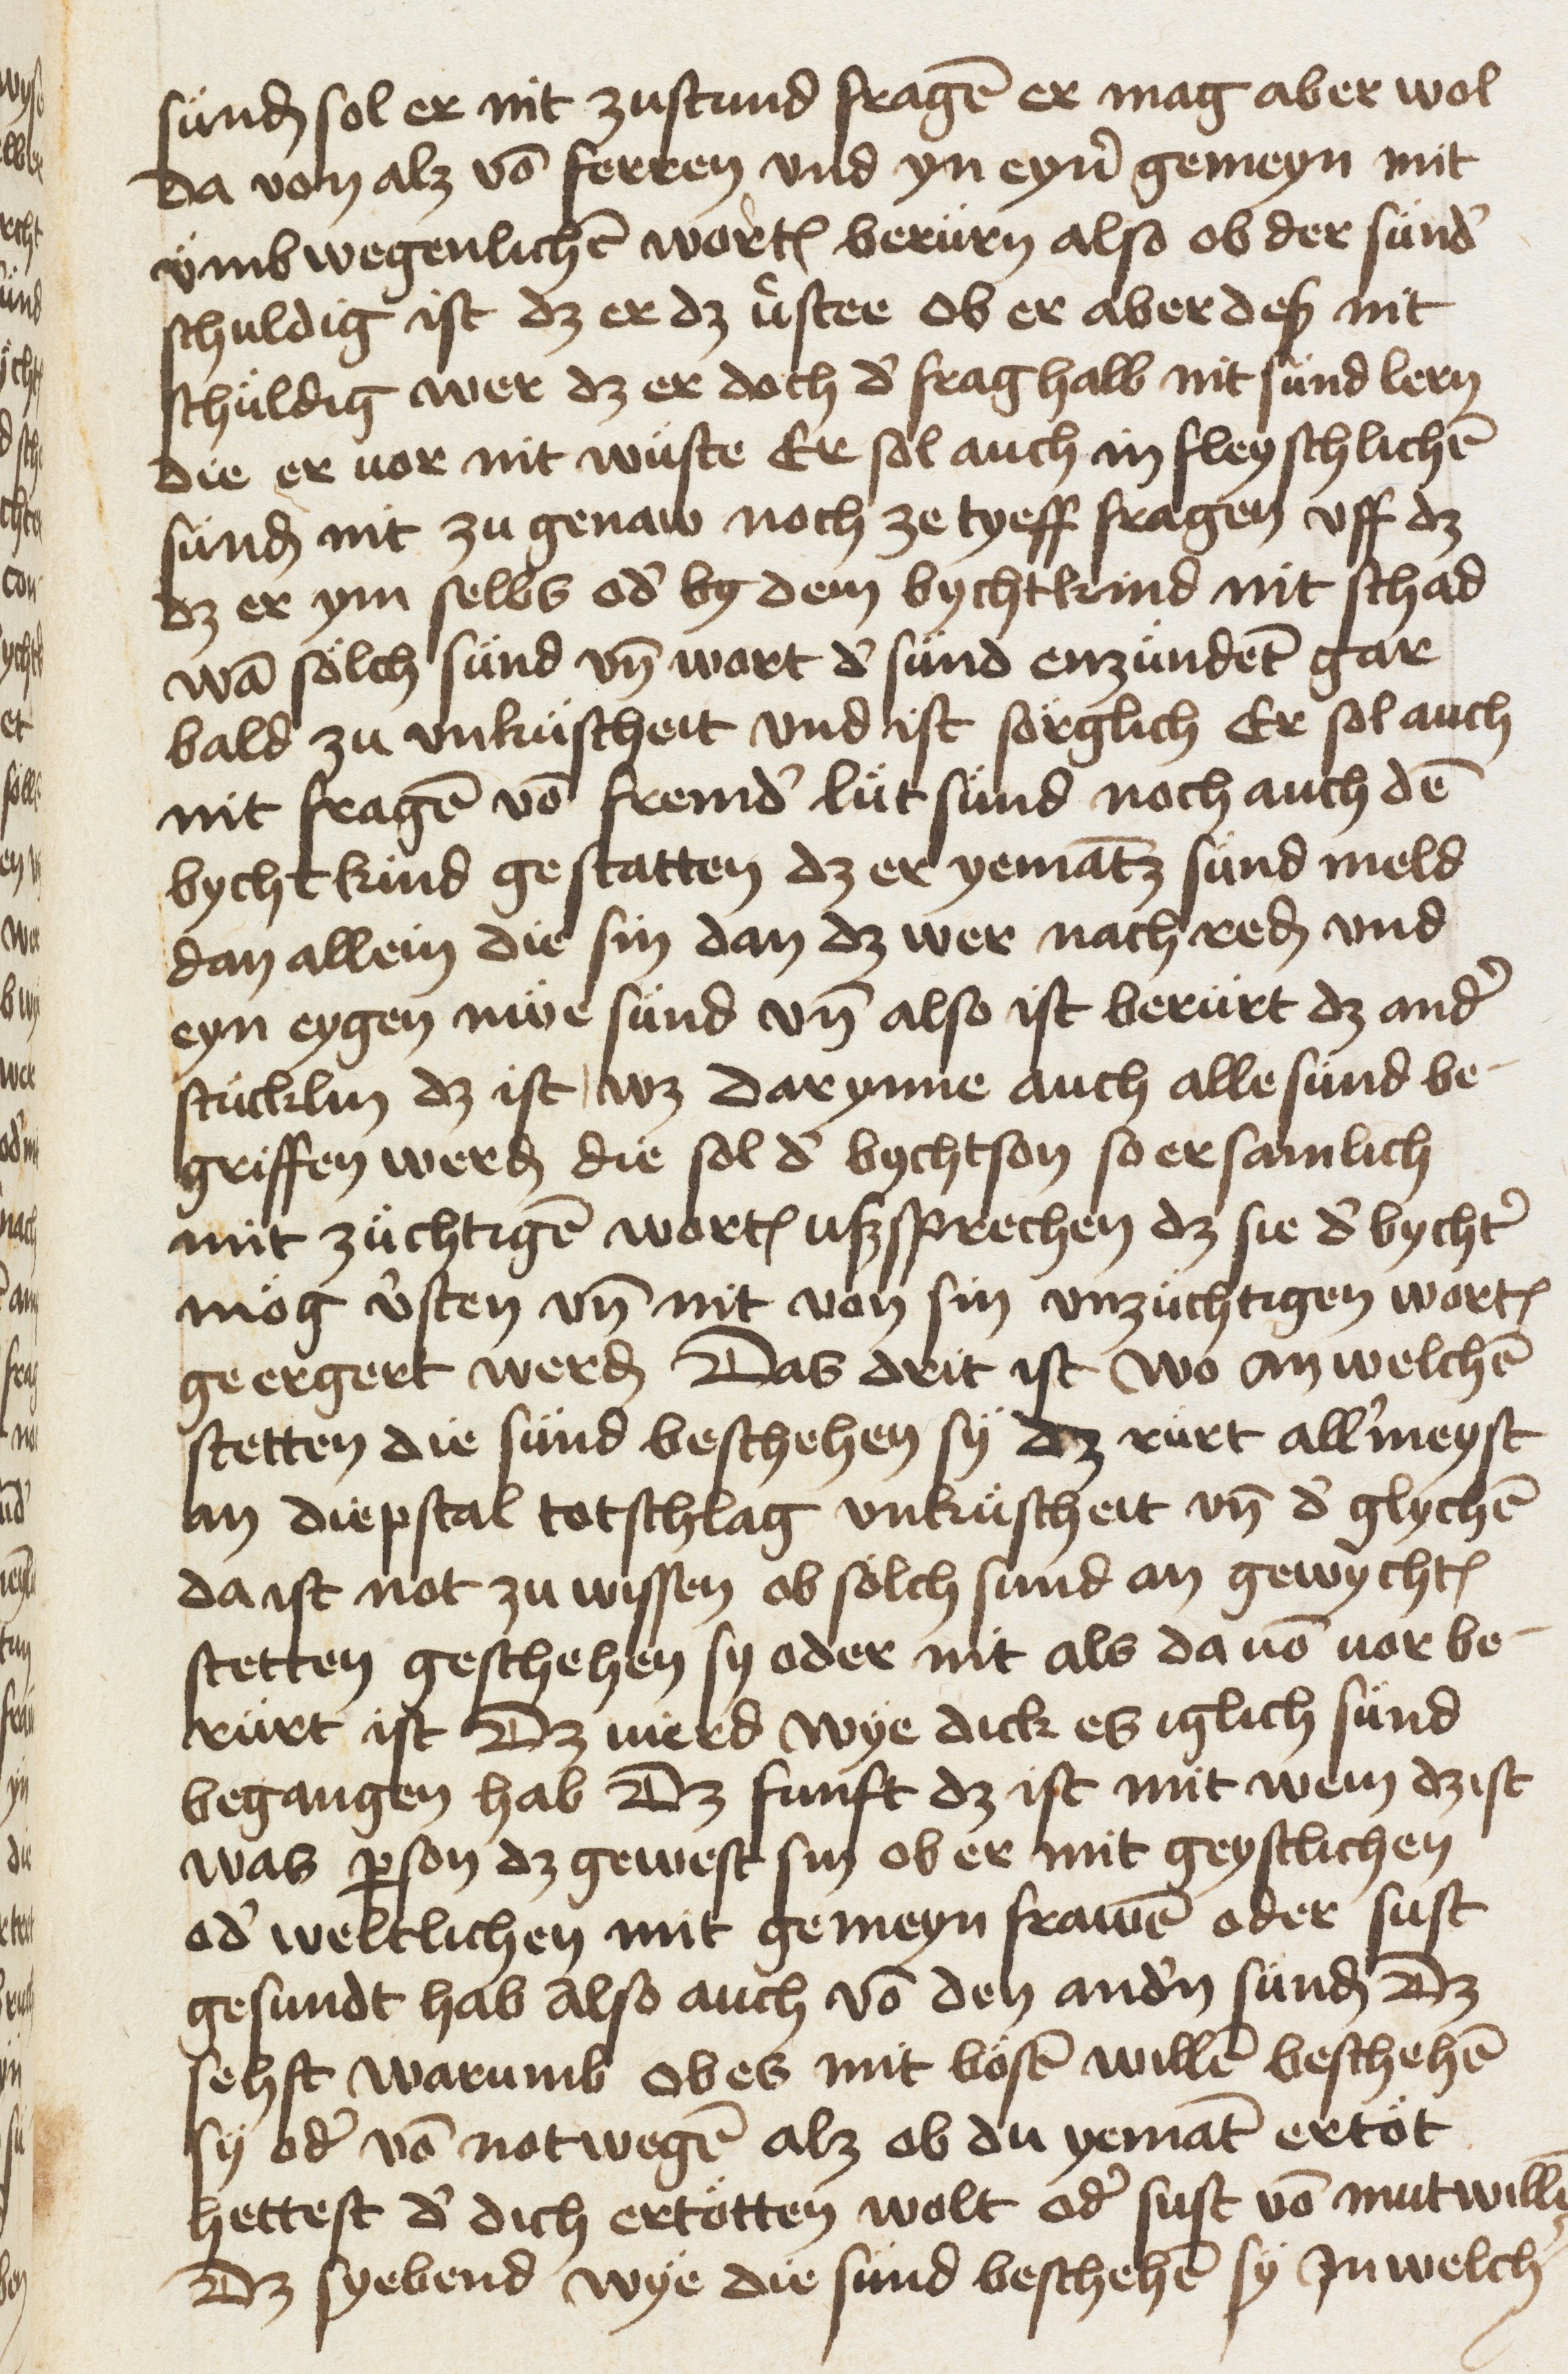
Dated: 1453–1453